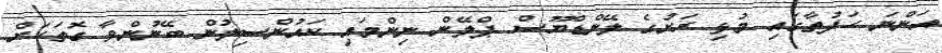
އަންނަ ހަފުތާގައި މުޅި ރަށުގެ ލޭންޑްޔޫސް ޕްލޭން ނިންމައި ކައުންސިލުން ބޭނުންވާ ގޮތަކަށް